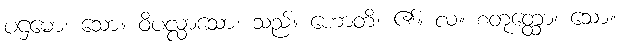
ပဌမော၊ သော။ ဝိပလ္လာသော၊ သည်။ ဟောတိ၊ ၏။ လ။ စတုတ္ထော၊ သော။